Bréfritari: Sigríður Pálsdóttir
Viðtakandi: Páll Pálsson
Dagsetning: A-1870-07-14
Skrifað á: Breiðabólsstað  Rang.
Páll var bróðir Sigríðar

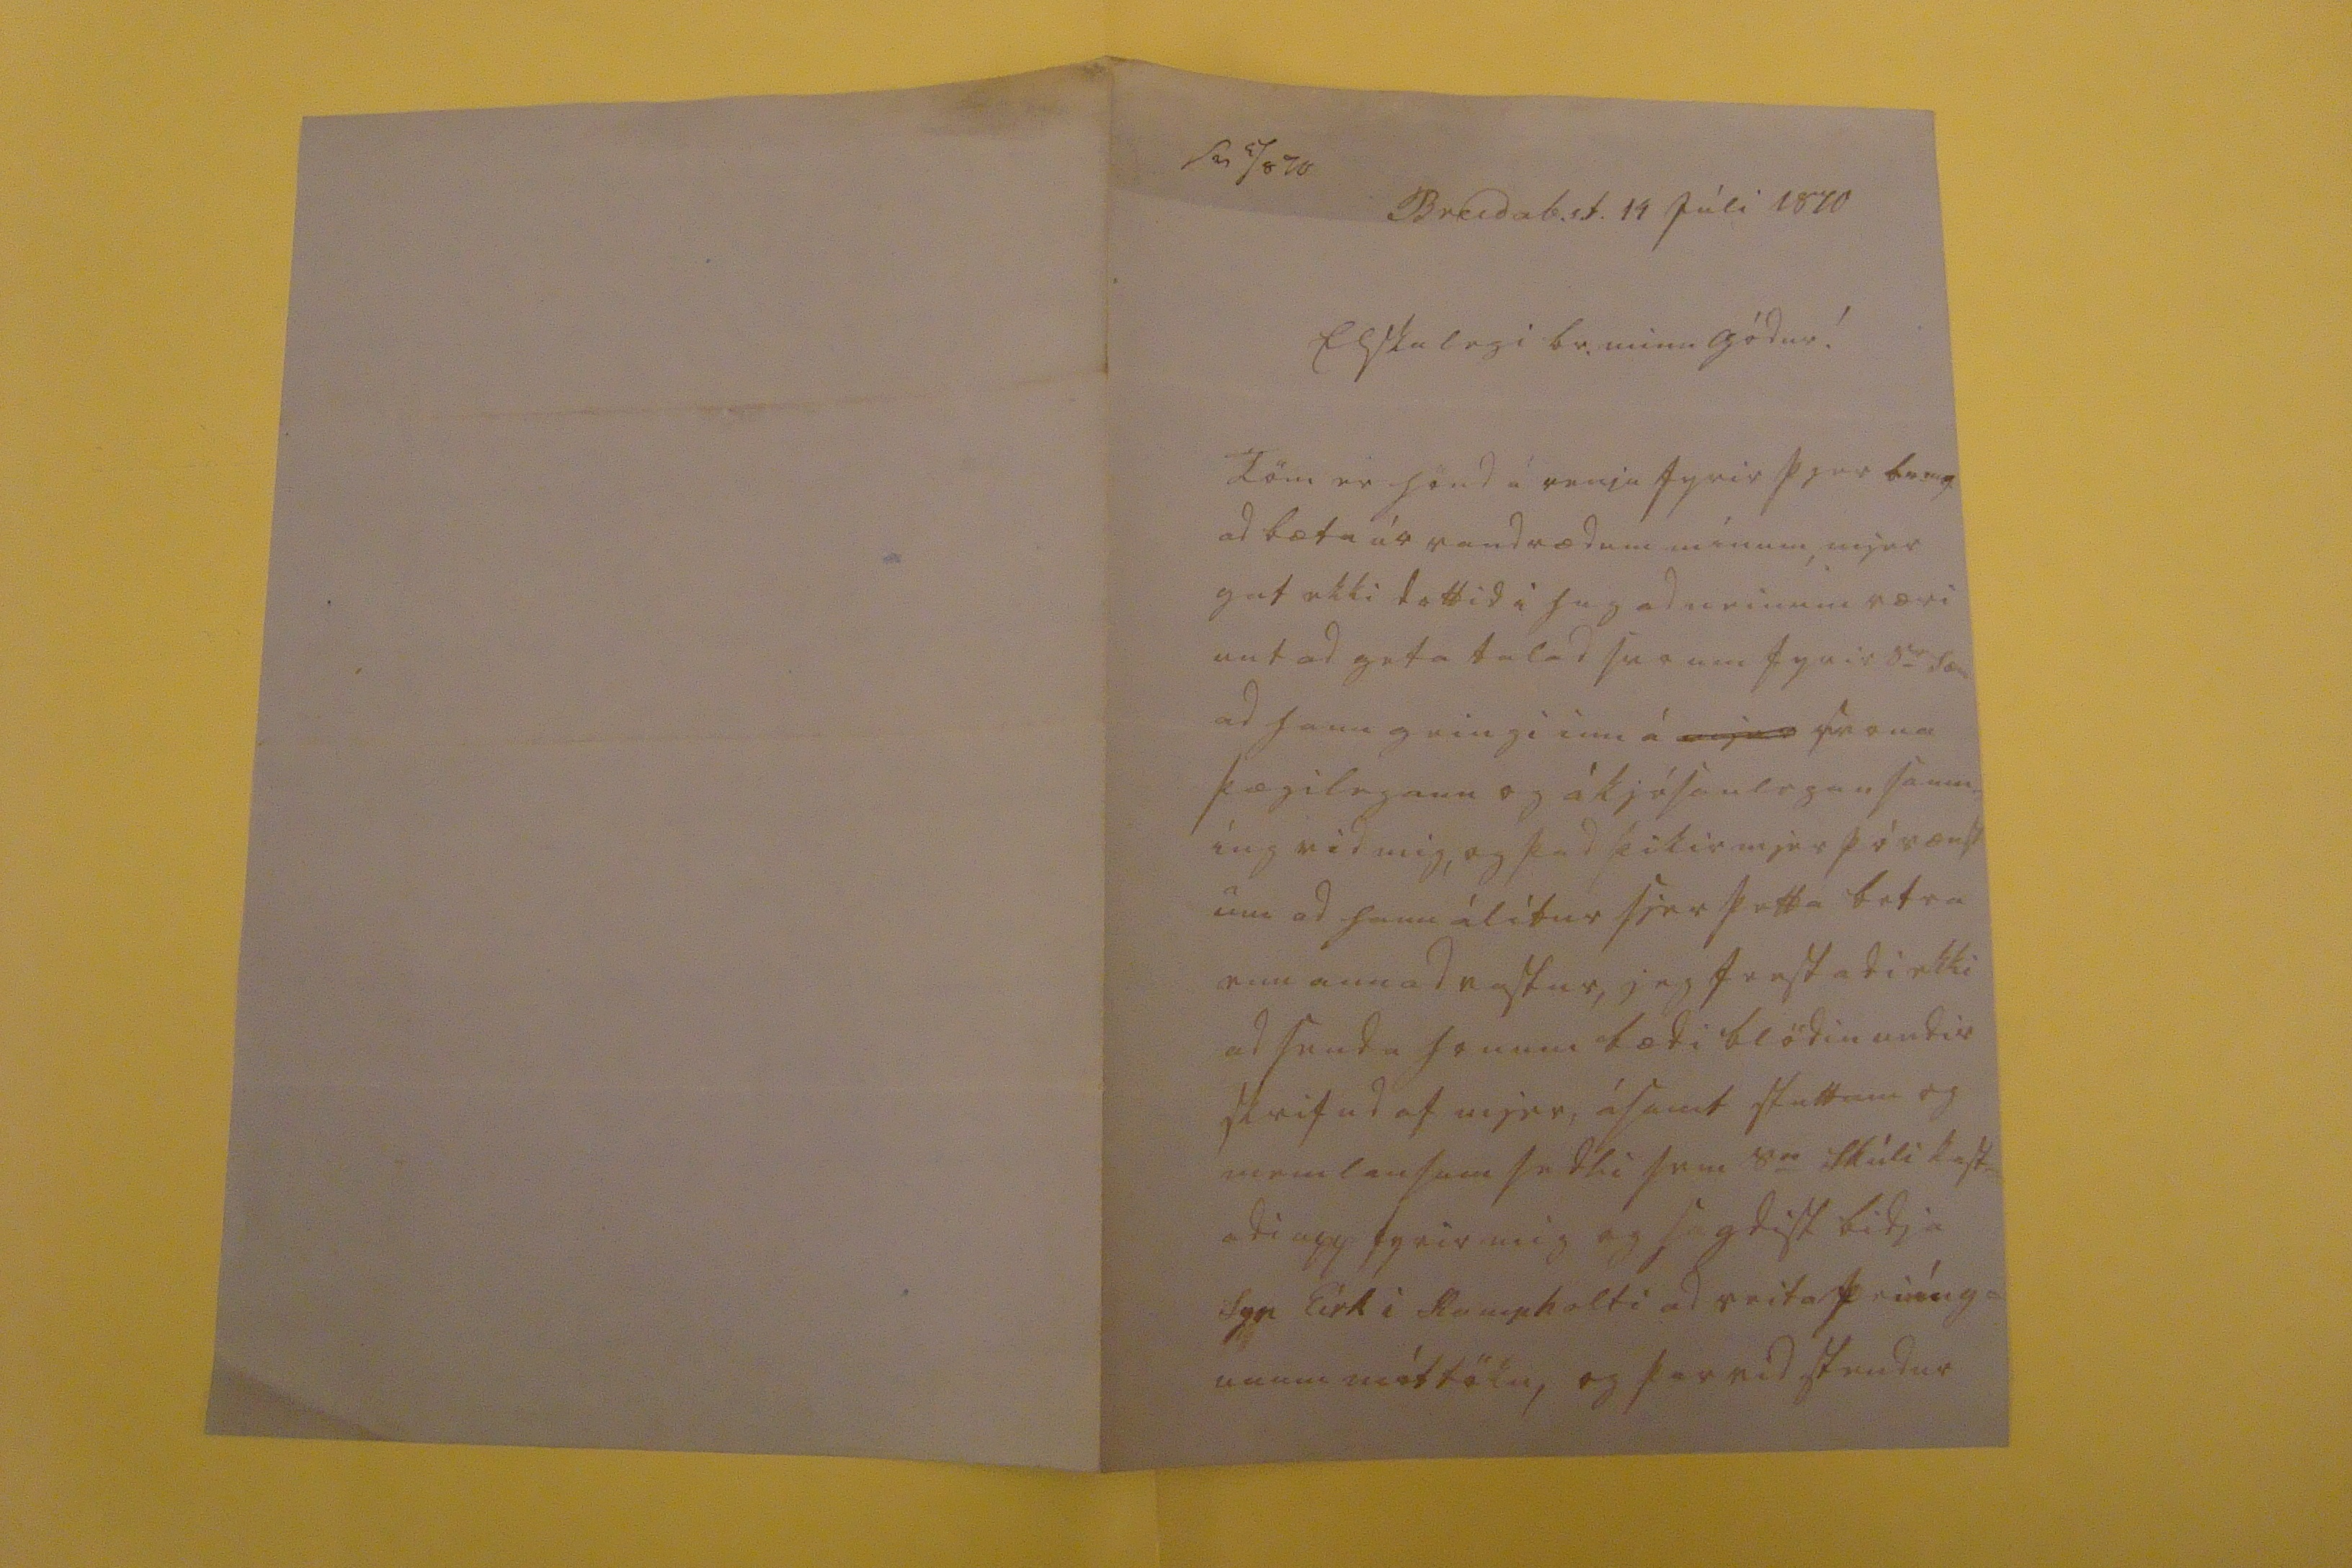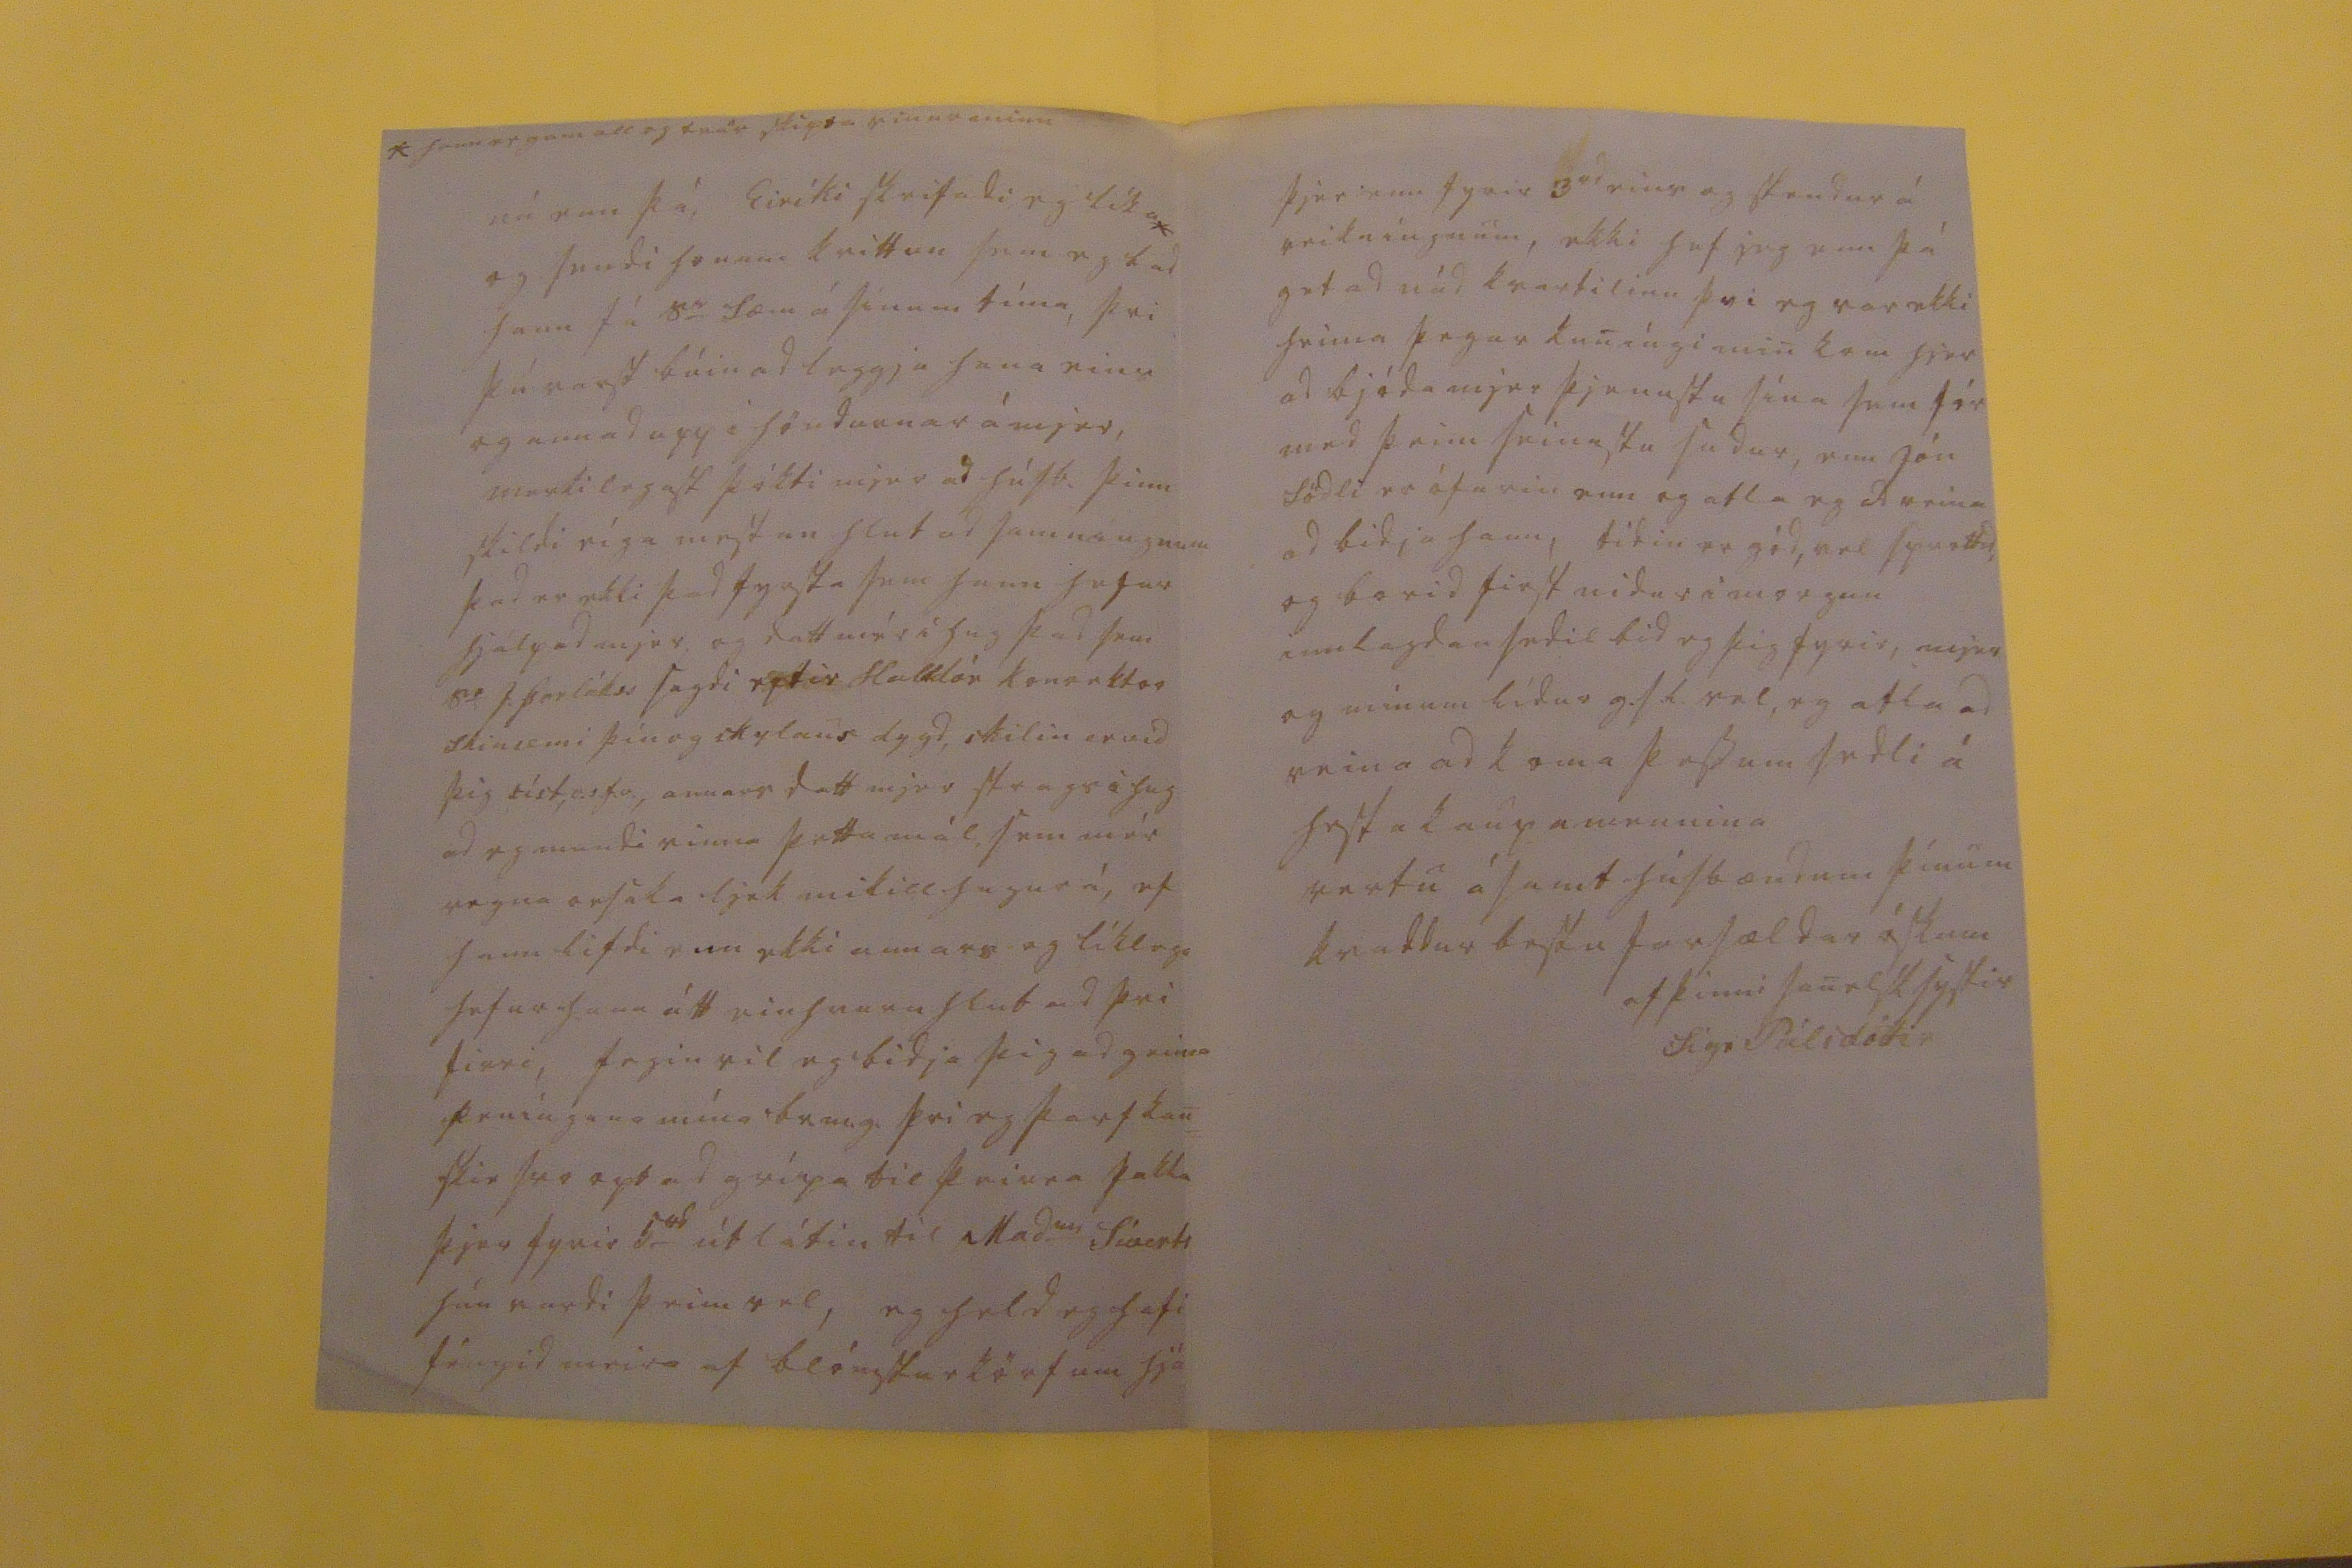

sv 9/8 70
Breidab.st. 14 Júli 1870
Elskulegi br. minn gódur!
Töm er hönd á venju fyrir þjer br.m.g. ad bæta úr vandrædum mínum, mjer gat ekki dottid i hug ad neinum væri unt ad geta talad svo um fyrir S
er
Sæm ad hann geingi inn á
mjer
svona þægilegann og ákjósanlegan samn= íng vid mig, og þad þikir mjer þó vænst um ad hann álítur sjer þetta betra enn annad rastur, jeg frestadi ekki ad senda honum bædi blödin undir skrifad af mjer, ásamt stuttum og meinlausum sedli sem S
er
Skúli kast= adi upp fyrir mig og sagdist bidja Syr Eirk i Kaupholti ad veita peníng= unum móttöku, og þar vid stendur
* hann er gamall og trúr skipta vinur minn
nú enn þá, Eiríki skrifadi eg líka* og sendi honum kvittun sem eg bad hann fá S
er
Sæm á sínum tíma, þvi þú varst búin ad leggja hana eins og annad upp i höndurnar á mjer, merkilegast þókti mjer ad húsb. þinn skildi eíga mestan hlut ad samníngnum þad er ekki þad fyrsta sem hann hefur hjálpad mjer og datt mér í hug þad sem S
r
J. Þorlákss sagdi eptir Halldór Konrektor skinsemi þín og skylands dygd, skilin er vid þig síst, o.s.f.v., annars datt mjer strags i hug ad eg mundi vinna þetta mál sem mér vegna orsaka ljek mikill hugur á, ef hann lifdi enn ekki annars og líklega hefur hann átt einhvurn hlut ad þvi firri, fegin vil eg bidja þig ad geima peníngana mína br.m.g. þvi eg þarf kan= skie svo opt ad grípa til þeirra þakka þjer fyrir 5
rd
útlátin til Mad
me
Síverts hún vardi þeim vel, eg held eg hafi féngid meira af blómsturkörfum hjá
þjer enn fyrir 3rd eins og stendur á reikníngnum, ekki hef jeg enn þá getad nád kvartilinu þvi eg var ekki heima þegar kuníngi min kom hjer ad bjóda mjer þjonustu sína sem fór med þeim seinustu sudur, enn Jón Södli er ófarin enn og atla eg ad reina ad bidja hann, tídin er gód, vel sprottid og borid first nidur i morgun innlagdan sedil bid eg þig fyrir, mjer og mínum lídur g.s.l. vel, eg atla ad reina ad koma þessum sedli á hesta kaupamennina vertu ásamt húsbændum þínum kvaddur bestu farsældar óskum
af þinni sanelsk systir
Sigr Pálsdóttir